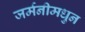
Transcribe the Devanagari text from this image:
जर्मनीमधुन